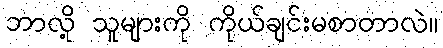
ဘာလို့ သူများကို ကိုယ်ချင်းမစာတာလဲ။